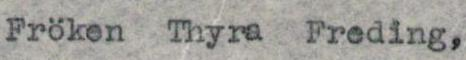
Fröken Thyra Freding,